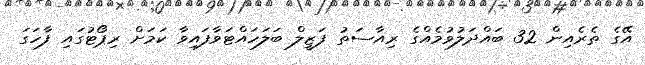
އޭގެ ތެރެއިން 32 ބައްދަލުވުމެއްގެ ރިއާސަތު ފަޒީލް ބަލަހައްޓަވާފައިވާ ކަމަށް ރިޕޯޓުގައި ފާހަގަ